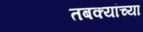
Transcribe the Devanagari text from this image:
तबक्यांच्या